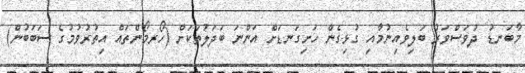
މާބަނޑު ދުވަސްވަރު ބަލިވެއިނުމާއި ގުޅިގެން ހަށިގަނޑަށް އަންނަ ބަދަލުތަކަށް (ހޯރމޯންތައް އިތުރުވުމުގެ ސަބަބުން)